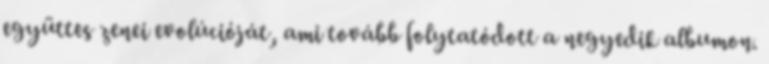
együttes zenei evolúcióját, ami tovább folytatódott a negyedik albumon.